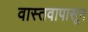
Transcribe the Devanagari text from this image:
वास्तवापासून